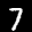
Label: 7